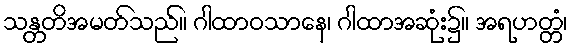
သန္တတိအမတ်သည်။ ဂါထာဝသာနေ၊ ဂါထာအဆုံး၌။ အရဟတ္တံ၊